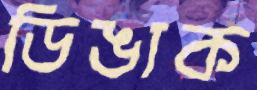
ডিঙাক